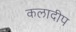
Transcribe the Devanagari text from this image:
कलादीप